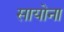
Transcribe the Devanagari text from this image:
सायोना